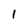
Character: l